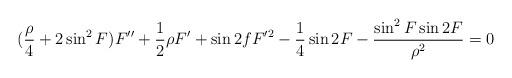
LaTeX: \begin{align*}( {\rho\over 4} + 2 \sin^2{F} ) F'' + {1\over 2} \rho F' + \sin{2f} F'^2 - {1\over 4} \sin{2 F} - {\sin^2{F} \sin{2 F}\over \rho^2}= 0\end{align*}